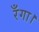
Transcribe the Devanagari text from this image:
रँगा।